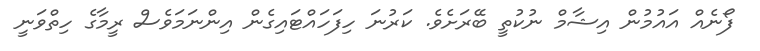
ފޯނެއް އައުމުން އިޝާމް ނުކުތީ ބޭރަށެވެ. ކަރުނަ ހިފަހައްޓައިގެން އިންނަމަވެސް ރީމާގެ ހިތްވަނީ